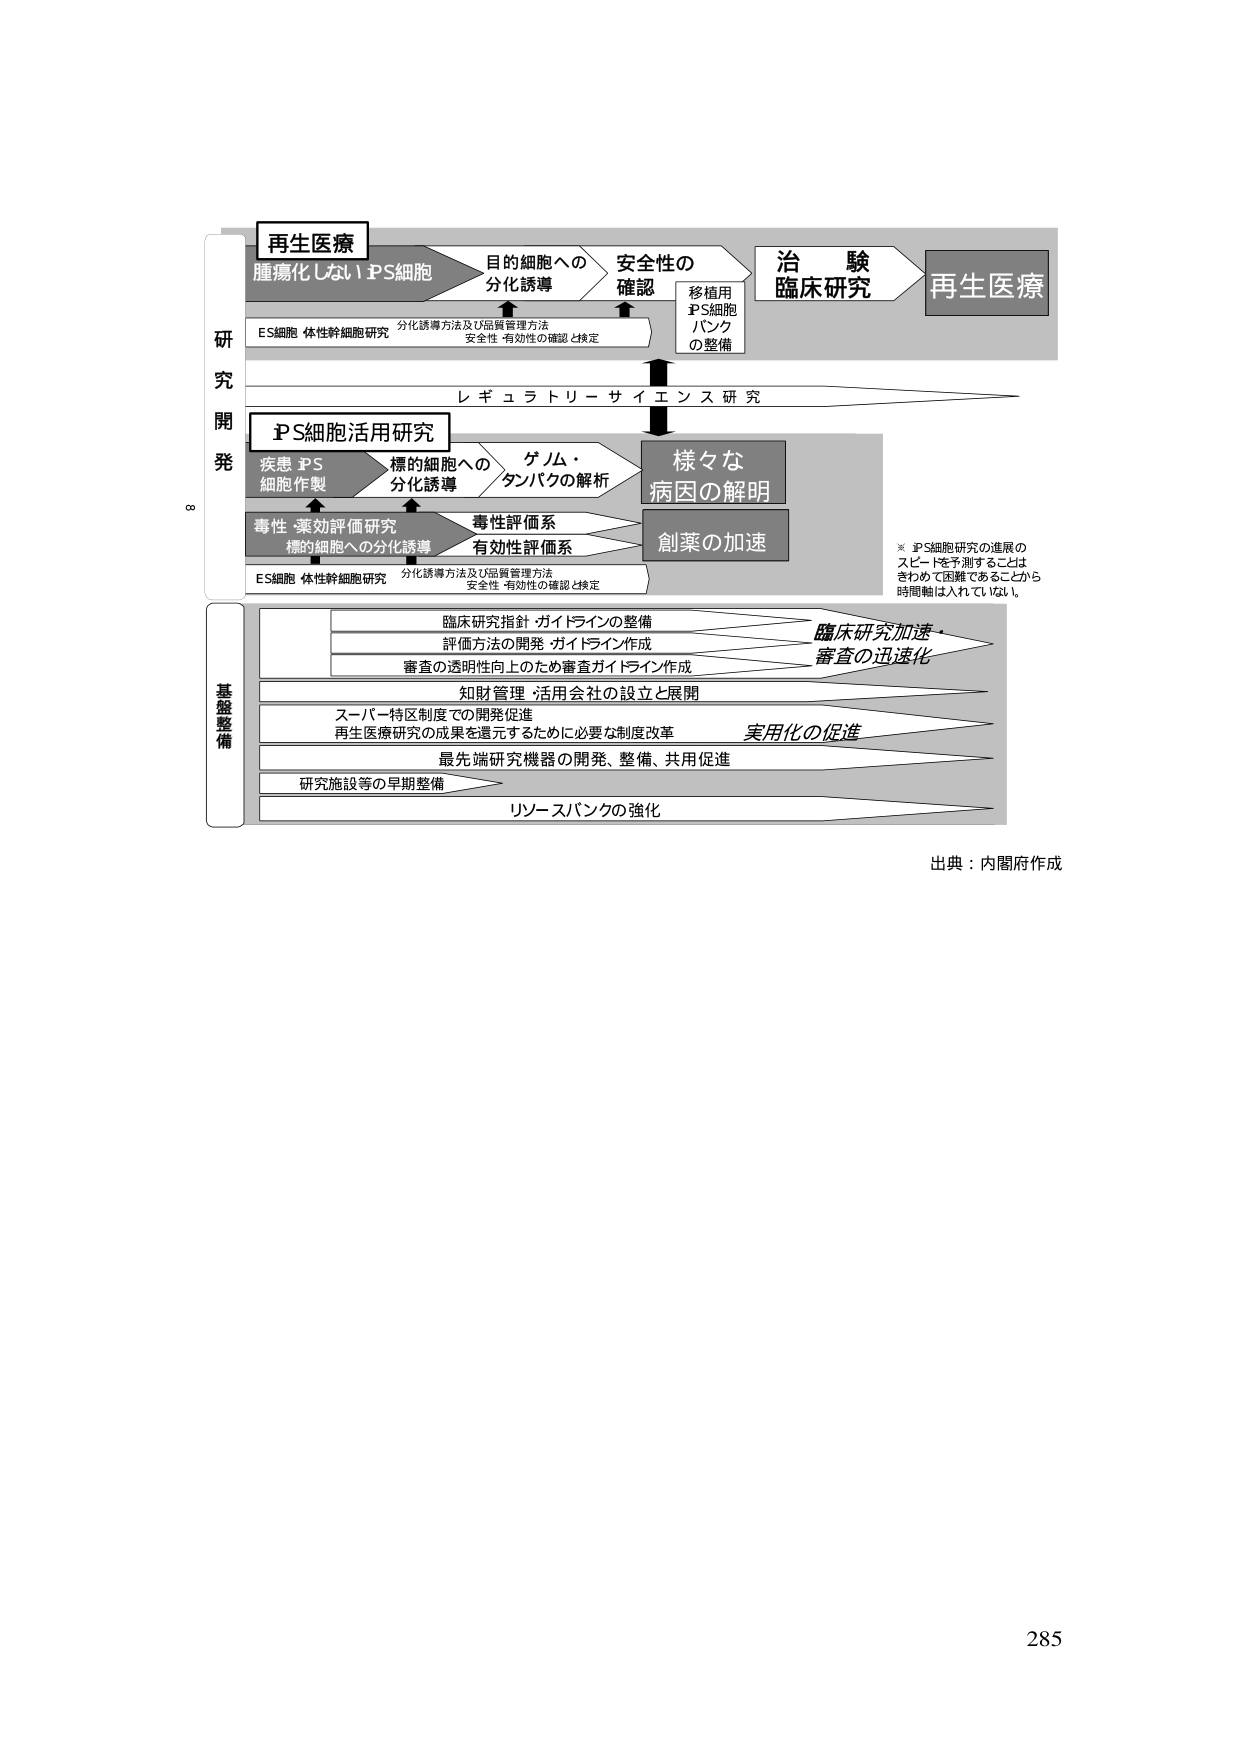
再生医療
腫瘍化しないiPS細胞
目的細胞への
分化誘導
安全性の
確認
移植用
iPS細胞
バンク
の整備
治験
臨床研究
再生医療
ES細胞 体性幹細胞研究
分化誘導方法及び品質管理方法
安全性・有効性の確認と検定
研究開発
レギュラトリーサイエンス研究
iPS細胞活用研究
疾患iPS
細胞作製
標的細胞への
分化誘導
ゲノム・
タンパクの解析
様々な
病因の解明
毒性・薬効評価研究
標的細胞への分化誘導
毒性評価系
有効性評価系
創薬の加速
ES細胞 体性幹細胞研究
分化誘導方法及び品質管理方法
安全性・有効性の確認と検定
※ iPS細胞研究の進展の
スピードを予測することは
きわめて困難であることから
時間軸は入れていない。
臨床研究指針・ガイドラインの整備
評価方法の開発・ガイドライン作成
審査の透明性向上のため審査ガイドライン作成
臨床研究加速・
審査の迅速化
知財管理・活用会社の設立と展開
スーパーモード制度での開発促進
再生医療研究の成果を還元するために必要な制度改革
実用化の促進
最先端研究機器の開発、整備、共用促進
研究施設等の早期整備
リソースバンクの強化
基盤整備
出典：内閣府作成
285